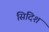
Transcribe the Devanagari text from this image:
सिदिश